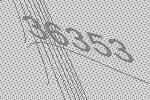
36353